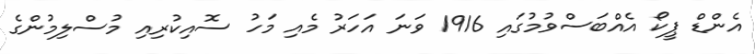
އެންޑް ޕީކޯ އެއްބަސްވުމުގައި 1916 ވަނަ އަހަރު މެއި މަހު ސޮއިކުރިއި މުސްލިމުންގެ